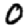
Digit: 0